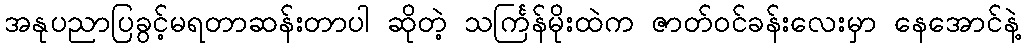
အနုပညာပြခွင့်မရတာဆန်းတာပါ ဆိုတဲ့ သင်္ကြန်မိုးထဲက ဇာတ်ဝင်ခန်းလေးမှာ နေအောင်နဲ့